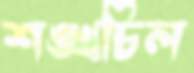
শঙ্খচিল